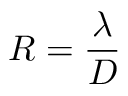
R = { \frac { \lambda } { D } }